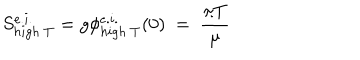
S _ { h i g h ~ T } ^ { e . i . } = g \phi _ { h i g h ~ T } ^ { e . i . } ( 0 ) ~ = ~ \frac { \pi T } { \mu }